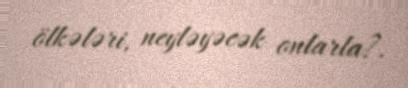
ölkələri, neyləyəcək onlarla?.